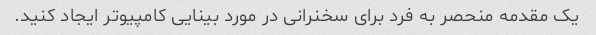
یک مقدمه منحصر به فرد برای سخنرانی در مورد بینایی کامپیوتر ایجاد کنید.